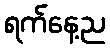
ရက်နေ့ည